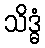
သိဒ္ဓံ